Document type: Anniversary endowment
Year: 1486
Scribe: Bartomeu Masons
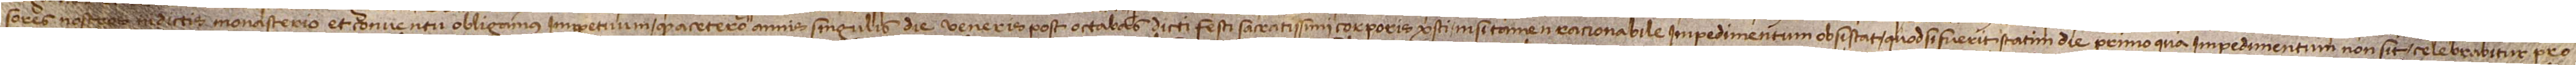
sores nostros in dictis monasterio et conventu obligamus imperpetuum quod a cetero annis singulis die veneris post octabas dicti festi sacratissimi Corporis Christi, nisi tamen racionabile impedimentum obsistat, quod si fuerit statim die primo qua impedimentum non sit celebrabitur pro